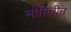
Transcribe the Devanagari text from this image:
मोनिनीन